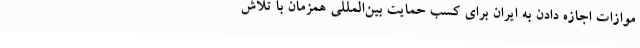
موازات اجازه دادن به ایران برای کسب حمایت بین‌المللی همزمان با تلاش